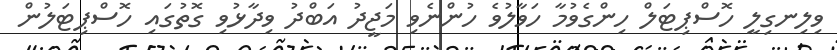
ވިލިނގިލީ ހޮސްޕިޓަލް ހިންގެވުމާ ހަވާލުވެ ހުންނެވި މަޖީދު އަބްދު ވިދާޅުވި ގޮތުގައި ހޮސްޕިޓަލުން